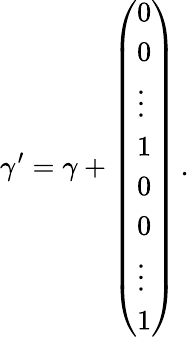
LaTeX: \gamma^{\prime}=\gamma+\left(\begin{array}{l}{{0}}\\ {{0}}\\ {{\vdots}}\\ {{1}}\\ {{0}}\\ {{0}}\\ {{\vdots}}\\ {{1}}\end{array}\right)\, .